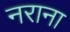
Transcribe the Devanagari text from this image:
नराना